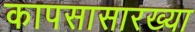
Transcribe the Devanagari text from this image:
कापसासारख्या